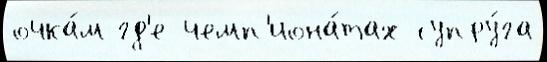
очка́м гд'е чемп'иона́тах супру́га